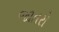
જાતરો